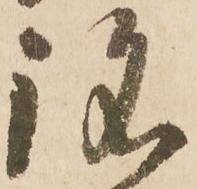
銘